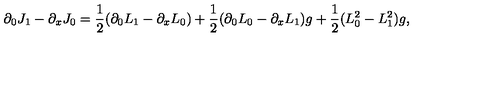
\partial _ { 0 } J _ { 1 } - \partial _ { x } J _ { 0 } = \frac { 1 } { 2 } ( \partial _ { 0 } L _ { 1 } - \partial _ { x } L _ { 0 } ) + \frac { 1 } { 2 } ( \partial _ { 0 } L _ { 0 } - \partial _ { x } L _ { 1 } ) g + \frac { 1 } { 2 } ( L _ { 0 } ^ { 2 } - L _ { 1 } ^ { 2 } ) g ,